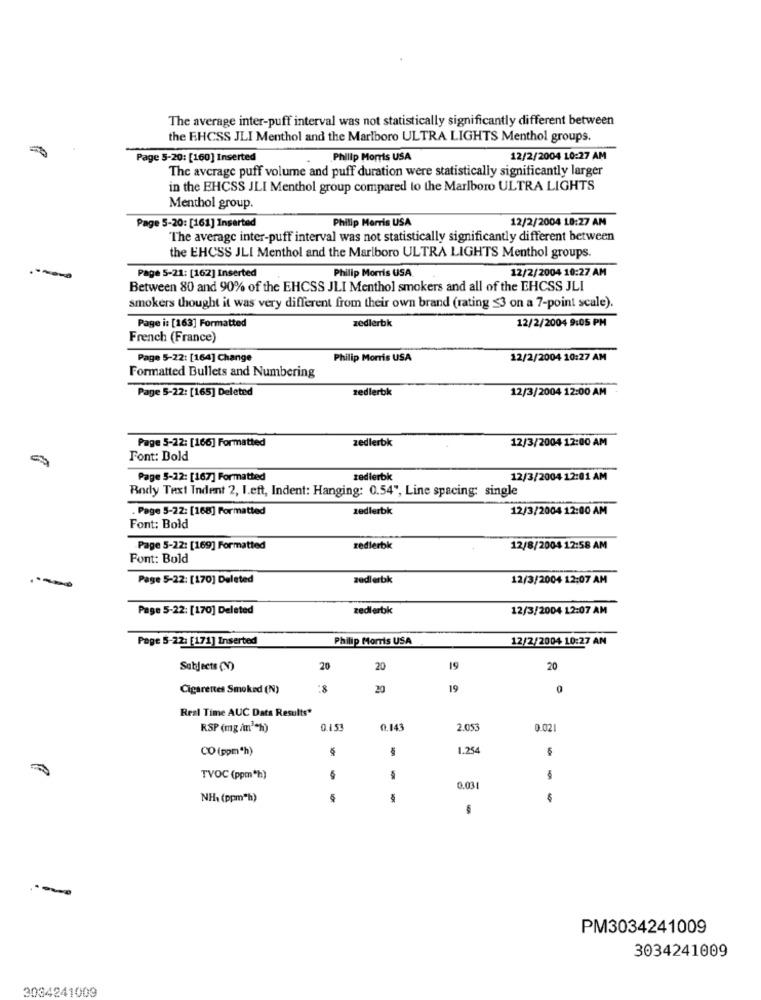
The average inter-puff interval was not statistically significantly different between
the EHCSS JLI Menthol and the Marlboro ULTRA LIGHTS Menthol groups.
Page 5-20: [160] Inserted
Philip Morris USA
12/2/2004 10:27 AM
The average puff volume and puff duration were statistically significantly larger
in the EHCSS JLI Menthol group compared to the Marlboro ULTRA LIGHTS
Menthol group.
Philip Morris USA
12/2/2004 18:27 AM
Page 5-20: [161] Inserted
The average inter-puff interval was not statistically significantly different between
the EHCSS JLI Menthol and the Marlboro ULTRA LIGHTS Menthol groups.
Philip Morris USA
12/2/2004 10:27 AM
Page 5-21: [162] Inserted
Between 80 and 90% of the EHCSS JLI Menthol smokers and all of the EHCSS JLI
smokers thought it was very different from their own brand (rating $3 on a 7-point scale).
zedlerbk
12/2/2004 9:05 PM
Page i: [163] Formatted
French (France)
Page 5-22: [164] Change
Philip Morris USA
12/2/2004 10:27 AM
Formatted Bullets and Numbering
Page 5-22: [165] Deleted
zedlerbk
12/3/2004 12:00 AM
zedlerbk
12/3/2004 12:00 AM
Page 5-22: [166] Formatted
Font: Dold
Page 5-12: [167] Formatted
zedierbk
12/3/2004 12:01 AM
Body Text Indent 2, I.eft, Indent: Hanging: 0.54", Line spacing: single
. Page 5-22: [168] Formatted
zedlerbk
12/3/2004 12:00 AM
Font: Bold
Page 5-22: [169] Formatted
redlerbk
12/8/2004 12:58 AM
Font: Bold
Page 5-22: [170] Deleted
zedlerbk
12/3/2004 12:07 AM
Page 5-22: [170] Deleted
zedlerbk
12/3/2004 12:07 AM
Page 5-22: [171] Inserted
Philip Morris USA
12/2/2004 10:27 AN
Subjects (N)
20
20
19
20
Cigarettes Smoked (N)
20
19
0
Real Time AUC Dats Results"
RSP (mg /m" "h)
0.15
0,143
2.053
0.02
CO (ppm"h)
1.254
TVOC (ppm*h)
-
0.03
NHx (ppm"h)
$
-
PM3034241009
3034241009
3034241009